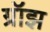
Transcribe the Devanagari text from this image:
ग्रॉझ